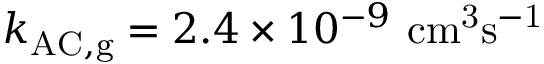
k _ { \mathrm { A C , g } } = 2 . 4 \times 1 0 ^ { - 9 } ~ \mathrm { c m ^ { 3 } s ^ { - 1 } }